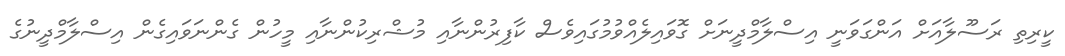
ކީރިތި ރަސޫލާއަށް އަންގަވަނީ އިސްލާމްދީނަށް ގޮވައިލެއްވުމުގައިވެސް ކާފިރުންނާއި މުޝްރިކުންނާއި މީހުން ގެންނަވައިގެން އިސްލާމްދީނުގެ